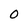
Character: 0